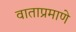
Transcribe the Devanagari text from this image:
वाताप्रमाणे